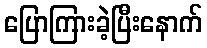
ပြောကြားခဲ့ပြီးနောက်